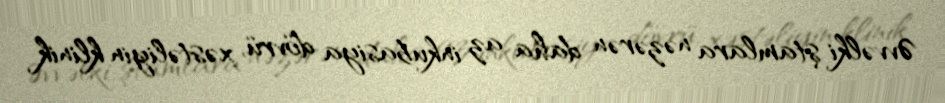
Əvvəlki ştamlara nəzərən daha az inkubasiya dövrü, xəstəliyin klinik